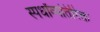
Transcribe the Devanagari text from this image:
स्पर्धांव्यतिरिक्त